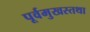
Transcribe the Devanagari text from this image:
पूर्वमुखस्तथा